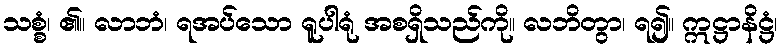
သစ္စံ၊ ၏။ လာဘံ၊ ရအပ်သော ရူပါရုံ အစရှိသည်ကို။ လဘိတွာ၊ ရ၍။ ဣဋ္ဌာနိဋ္ဌံ၊